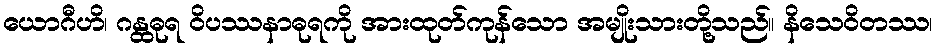
ယောဂီဟိ၊ ဂန္ထဓုရ ဝိပဿနာဓုရကို အားထုတ်ကုန်သော အမျိုးသားတို့သည်။ နိသေဝိတဿ၊